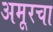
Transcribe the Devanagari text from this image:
अमूरचा